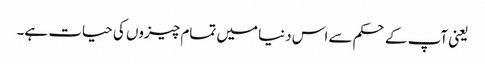
یعنی آپ کے حکم سے اس دنیا میں تمام چیزوں کی حیات ہے۔